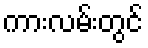
ကားလမ်းတွင်